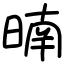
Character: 暔